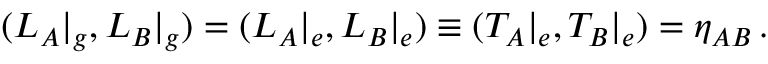
( L _ { A } | _ { g } , L _ { B } | _ { g } ) = ( L _ { A } | _ { e } , L _ { B } | _ { e } ) \equiv ( T _ { A } | _ { e } , T _ { B } | _ { e } ) = \eta _ { A B } \, .